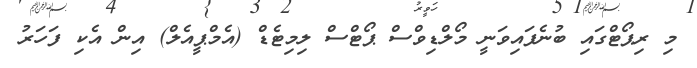
މި ރިޕޯޓްގައި ބުނެފައިވަނީ މޯލްޑިވްސް ޕޯޓްސް ލިމިޓެޑް (އެމްޕީއެލް) އިން އެކި ފަހަރު